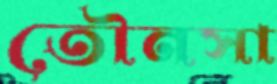
তৌনসা